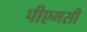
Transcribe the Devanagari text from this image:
पीएमसी